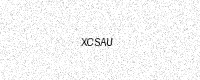
Text: XCSAU